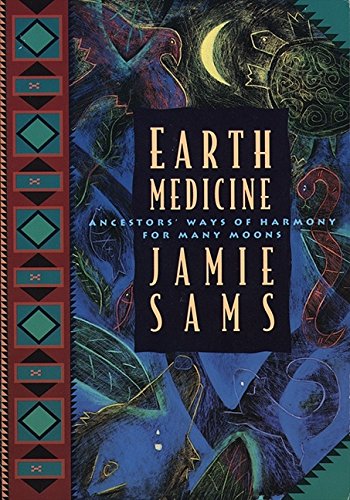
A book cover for Earth Medicine: Ancestor's Ways of Harmony for Many Moons; Jamie Sams; Literature & Fiction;